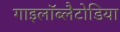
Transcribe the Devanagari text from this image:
गाइलॉब्लैटोडिया